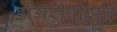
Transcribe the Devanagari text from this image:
डोंगरीपासून